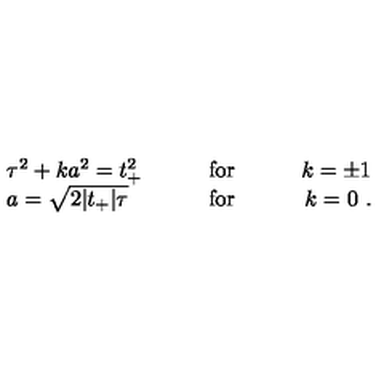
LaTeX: \begin{array} { l c r } { \tau ^ { 2 } + k a ^ { 2 } = t _ { + } ^ { 2 } } & { \qquad \mathrm { f o r } \qquad } & { k = \pm 1 } \\ { a = \sqrt { 2 | t _ { + } | \tau } } & { \qquad \mathrm { f o r } \qquad } & { k = 0 \ . } \\ \end{array}